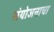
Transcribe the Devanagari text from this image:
संयोजनाचा